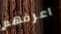
اعرفهم